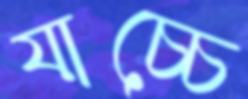
যাচ্চে